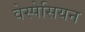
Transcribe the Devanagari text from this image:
वेस्पेसियन